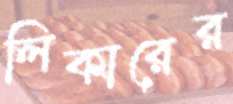
লিকারের